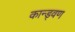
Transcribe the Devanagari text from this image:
कान्ड्वण